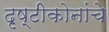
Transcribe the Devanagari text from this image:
दृष्टीकोनांचे